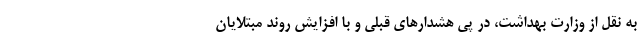
به نقل از وزارت بهداشت، در پی هشدارهای قبلی و با افزایش روند مبتلایان